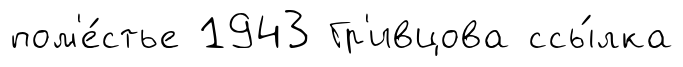
пом'е́стье 1943 Гр'ивцова ссы́лка